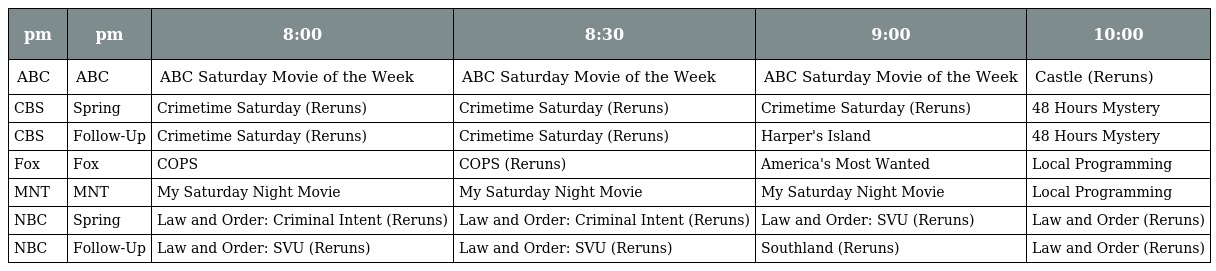
| pm | pm | 8:00 | 8:30 | 9:00 | 10:00 |
 | --- | --- | --- | --- | --- | --- |
 | ABC | ABC | ABC Saturday Movie of the Week | ABC Saturday Movie of the Week | ABC Saturday Movie of the Week | Castle (Reruns) |
 | CBS | Spring | Crimetime Saturday (Reruns) | Crimetime Saturday (Reruns) | Crimetime Saturday (Reruns) | 48 Hours Mystery |
 | CBS | Follow-Up | Crimetime Saturday (Reruns) | Crimetime Saturday (Reruns) | Harper's Island | 48 Hours Mystery |
 | Fox | Fox | COPS | COPS (Reruns) | America's Most Wanted | Local Programming |
 | MNT | MNT | My Saturday Night Movie | My Saturday Night Movie | My Saturday Night Movie | Local Programming |
 | NBC | Spring | Law and Order: Criminal Intent (Reruns) | Law and Order: Criminal Intent (Reruns) | Law and Order: SVU (Reruns) | Law and Order (Reruns) |
 | NBC | Follow-Up | Law and Order: SVU (Reruns) | Law and Order: SVU (Reruns) | Southland (Reruns) | Law and Order (Reruns) |